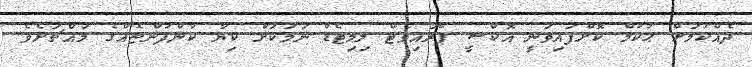
ދެއްކުމަށް ޙުކުމް ކޮށްފައިވަނީ އޮކްސީ ޕްރައިވެޓް ލިމިޓެޑް ނަމަކަށް ކިޔާ ކުންފުންޏެއްގެ މައްޗަށެވެ.